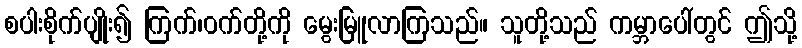
စပါးစိုက်ပျိုး၍ ကြက်၊ဝက်တို့ကို မွေးမြူလာကြသည်။ သူတို့သည် ကမ္ဘာပေါ်တွင် ဤသို့